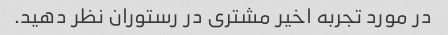
در مورد تجربه اخیر مشتری در رستوران نظر دهید.